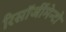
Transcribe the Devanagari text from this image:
रिसॉर्जीमेन्टो